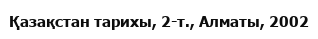
Қазақстан тарихы, 2-т., Алматы, 2002